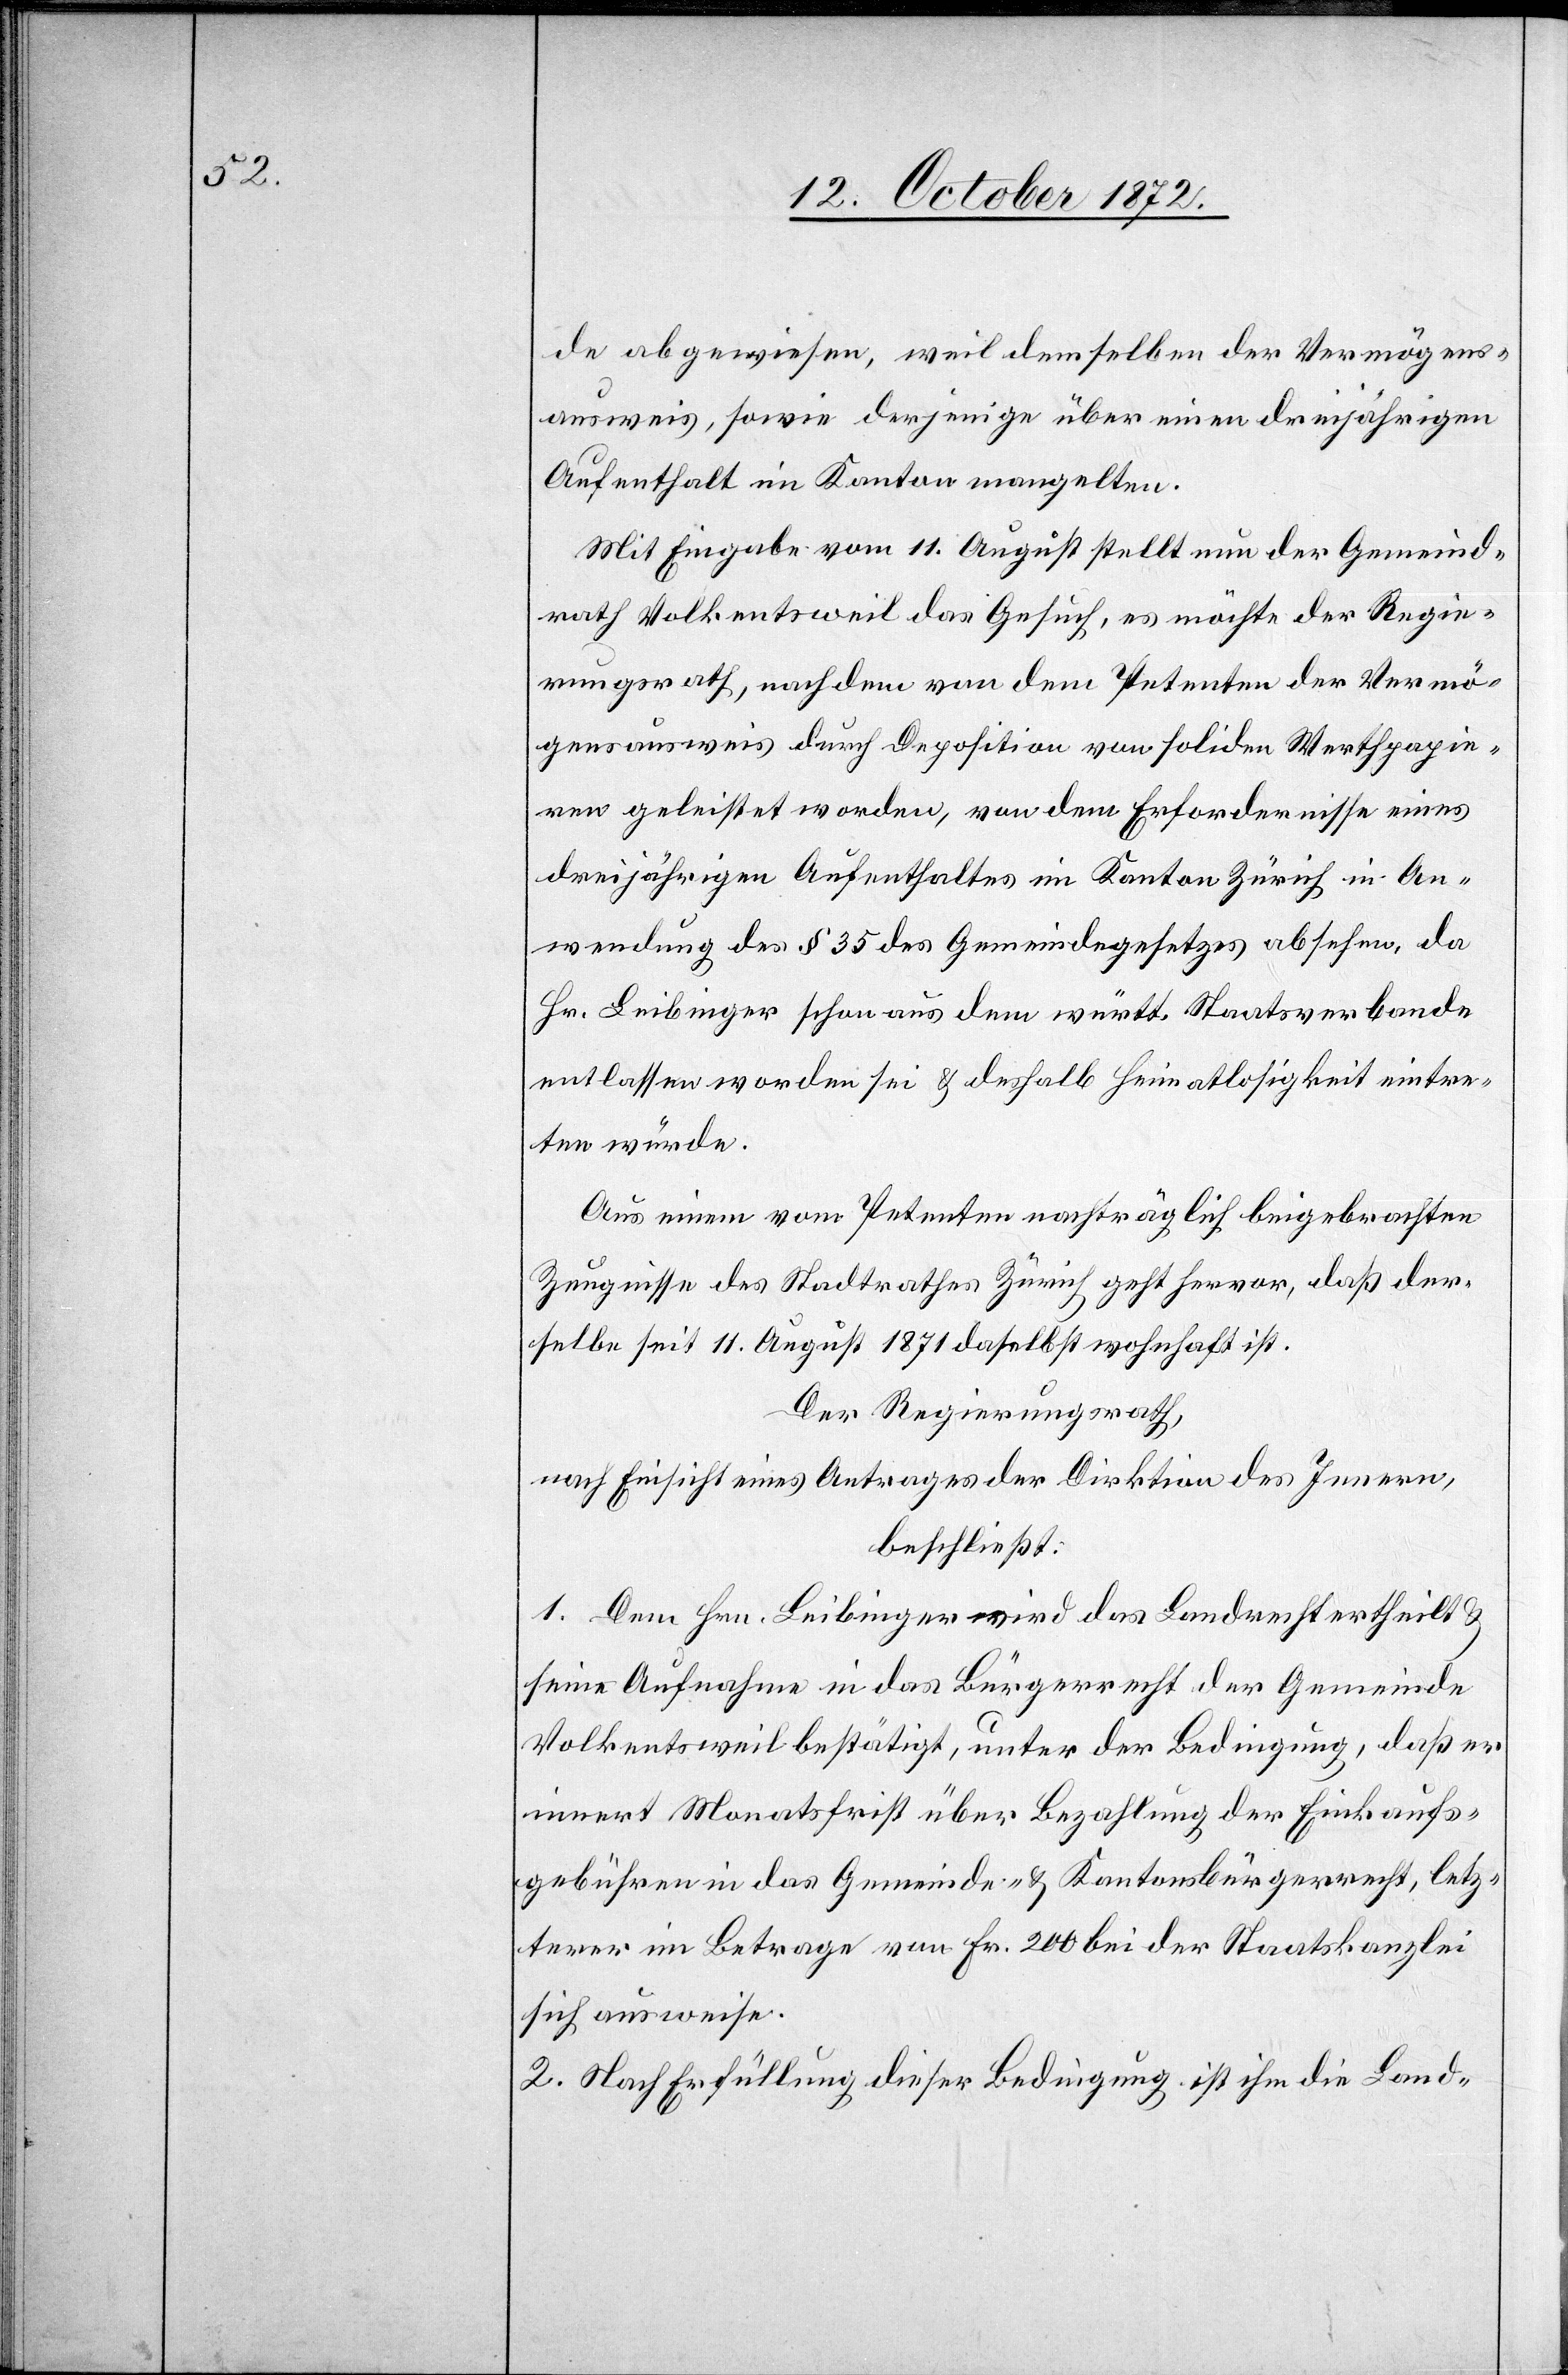
de abgewiesen, weil demselben der Vermögen¬
ausweis, sowie derjenige über einen dreijährigen
Aufenthalt im Kanton mangelten.
Mit Eingabe vom 11. August stellt nun der Gemeind¬
rath Volkentsweil das Gesuch, es möchte der Regie¬
rungsrath, nachdem von dem Petenten der Vermö¬
gensausweis durch Deposition von soliden Werthpapie¬
ren geleistet worden, von dem Erfordernisse eines
dreijährigen Aufenthaltes im Kanton Zürich in An¬
wendung des § 35 des Gemeindegesetzes absehen, da
Hr. Leibinger schon aus dem württ. Staatsverbande
entlassen worden sei u. deshalb Heimatlosigkeit eintre¬
ten würde.
Aus einem vom Petenten nachträglich beigebrachten
Zeugnissen des Stadtrathes Zürich geht hervor, daß der¬
selbe seit 11. August 1871 daselbst wohnhaft ist.
Der Regierungsrath,
nach Einsicht eines Antrages der Direktion des Innern,
beschließt
1. Dem Hrn. Leibinger wird das Landrecht ertheilt
seine Aufnahme in das Bürgerrecht der Gemeinde
Volkentsweil bestätigt, unter der Bedingung, daß er
innert Monatsfrist über Bezahlung der Einkaufs¬
gebühren in das Gemeinde- u. Kantonsbürgerrecht, letz¬
terer im Betrage von Fr. 200 bei der Staatskanzlei
sich ausweise.
2. Nach Erfüllung dieser Bedingung ist ihm die Land-